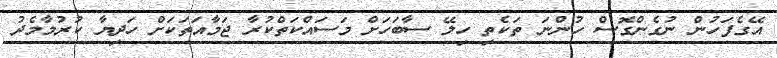
އޭގެފަހުން ނުގެންގޮސް ހުންނަ ތަކެތި ހިލޭ ސާބަހަށް މަސައްކަތްކުރާ ޖަމާއަތަކަށް ހަދިޔާ ކުރުމާމެދު